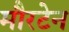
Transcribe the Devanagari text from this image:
मौरटेन